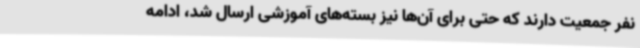
نفر جمعیت دارند که حتی برای آن‌ها نیز بسته‌های آموزشی ارسال شد، ادامه